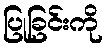
ပြုခြင်းကို